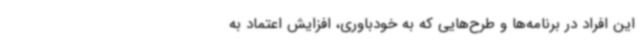
این افراد در برنامه‌ها و طرح‌هایی که به خودباوری، افزایش اعتماد به